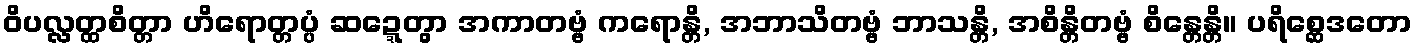
ဝိပလ္လတ္ထစိတ္တာ ဟိရောတ္တပ္ပံ ဆဍ္ဍေတွာ အကာတဗ္ဗံ ကရောန္တိ, အဘာသိတဗ္ဗံ ဘာသန္တိ, အစိန္တိတဗ္ဗံ စိန္တေန္တိ။ ပရိစ္ဆေဒတော